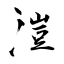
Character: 溰